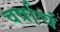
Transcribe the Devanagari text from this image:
वर्षाचं